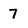
Character: 7